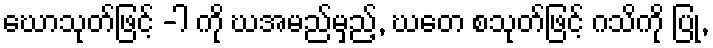
ဃောသုတ်ဖြင့် -ါ ကို ဃအမည်မှည့်, ဃတေ စသုတ်ဖြင့် ဂသိကို ပြု,